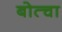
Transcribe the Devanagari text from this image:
बोत्चा